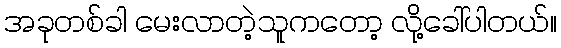
အခုတစ်ခါ မေးလာတဲ့သူကတော့ လို့ခေါ်ပါတယ်။